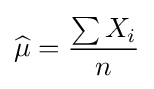
{\widehat {\mu }}={\frac {\sum X_{i}}{n}}